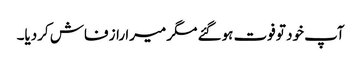
آپ خود تو فوت ہوگئے مگر میرا راز فاش کردیا۔